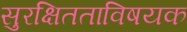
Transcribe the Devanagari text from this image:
सुरक्षितताविषयक